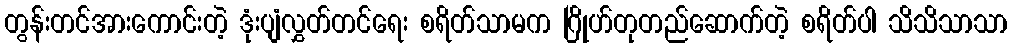
တွန်းတင်အားကောင်းတဲ့ ဒုံးပျံလွှတ်တင်ရေး စရိတ်သာမက ဂြိုဟ်တုတည်ဆောက်တဲ့ စရိတ်ပါ သိသိသာသာ